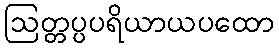
ဩတ္တပ္ပပရိယာယပထော